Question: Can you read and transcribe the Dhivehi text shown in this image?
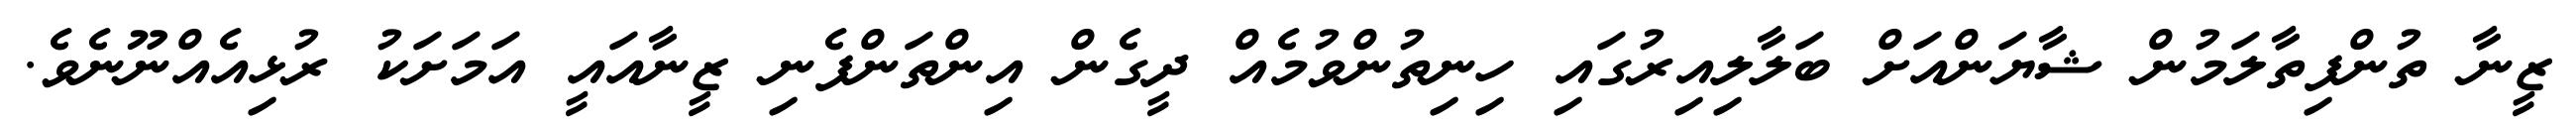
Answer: ޒީނާ ތުންފިތާލަމުން ޝާޔަންއަށް ބަލާލިއިރުގައި ހިނިތުންވުމެއް ދީގެން އިންތަންފެނި ޒީނާއައީ އަމަށަކު ރުޅިއެއްނޫނެވެ.